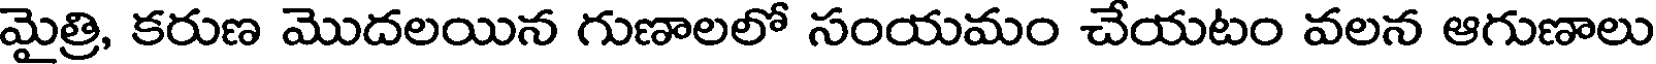
మైత్రి, కరుణ మొదలయిన గుణాలలో సంయమం చేయటం వలన ఆగుణాలు